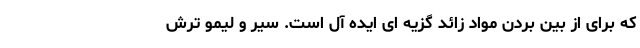
که برای از بین بردن مواد زائد گزیه ای ایده آل است. سیر و لیمو ترش